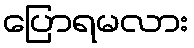
ပြောရမလား